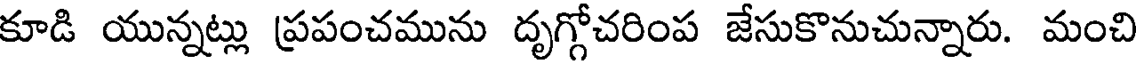
కూడి యున్నట్లు ప్రపంచమును దృగ్గోచరింప జేసుకొనుచున్నారు. మంచి